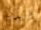
ابدو